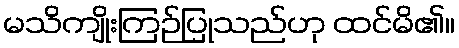
မသိကျိုးကြဉ်ပြုသည်ဟု ထင်မိ၏။